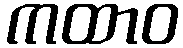
ကထာဝ